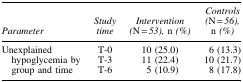
<table><thead><tr><td><b><i>Parameter</i></b></td><td><b><i>Study time</i></b></td><td><b><i>Intervention (</i>N<i> = 53),</i> n <i>(%)</i></b></td><td><b><i>Controls (</i>N<i> = 56),</i> n <i>(%)</i></b></td></tr></thead><tbody><tr><td rowspan="3">Unexplained hypoglycemia by group and time</td><td>T-0</td><td>10 (25.0)</td><td>6 (13.3)</td></tr><tr><td>T-3</td><td>11 (22.4)</td><td>10 (21.7)</td></tr><tr><td>T-6</td><td>5 (10.9)</td><td>8 (17.8)</td></tr></tbody></table>